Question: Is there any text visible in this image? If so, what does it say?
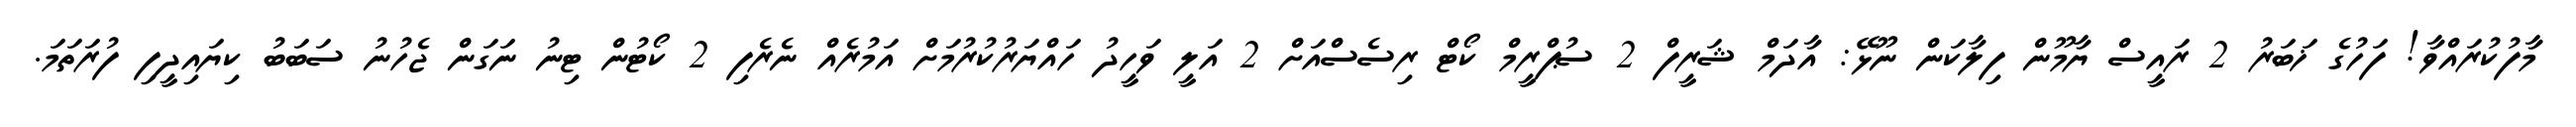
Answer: މާފުކުރައްވާ! ފަހުގެ ޚަބަރު 2 ރައީސް ޔާމޫން ފިލާކަން ނޫޅޭ: އާދަމް ޝަރީފް 2 ސުޕްރީމް ކޯޓް ރިސެސްއަށް 2 އަލީ ވަހީދު ހައްޔަރުކުރުމަށް އަމުރެއް ނެރެފި 2 ކޯޓުން ޓިނު ނަގަން ޖެހުނު ސަބަބު ކިޔައިދީފި ފުރަތަމަ.